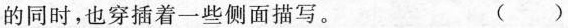
的同时，也穿插着一些侧面描写。()